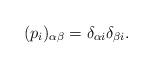
LaTeX: \begin{align*}(p_{i})_{\alpha \beta} = \delta_{\alpha i} \delta_{\beta i}. \end{align*}